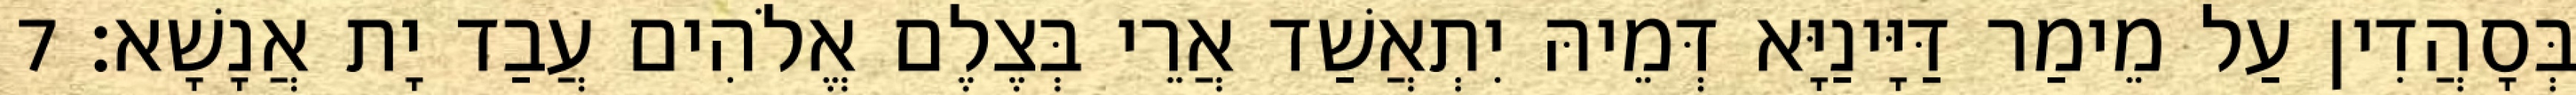
בְּסָהֲדִין עַל מֵימַר דַּיָּינַיָּא דְּמֵיהּ יִתְאֲשַׁד אֲרֵי בְּצֶלֶם אֱלֹהִים עֲבַד יָת אֲנָשָׁא׃ 7